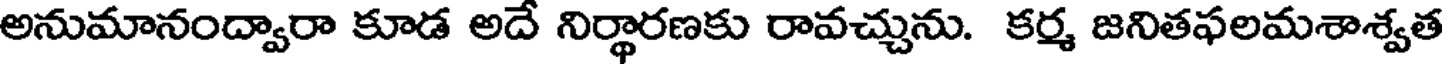
అనుమానంద్వారా కూడ అదే నిర్థారణకు రావచ్చును. కర్మ జనితఫలమశాశ్వత